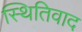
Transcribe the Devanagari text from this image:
स्थितिवाद